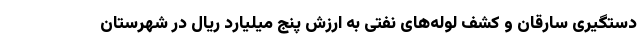
دستگیری سارقان و کشف لوله‌های نفتی به ارزش پنج میلیارد ریال در شهرستان